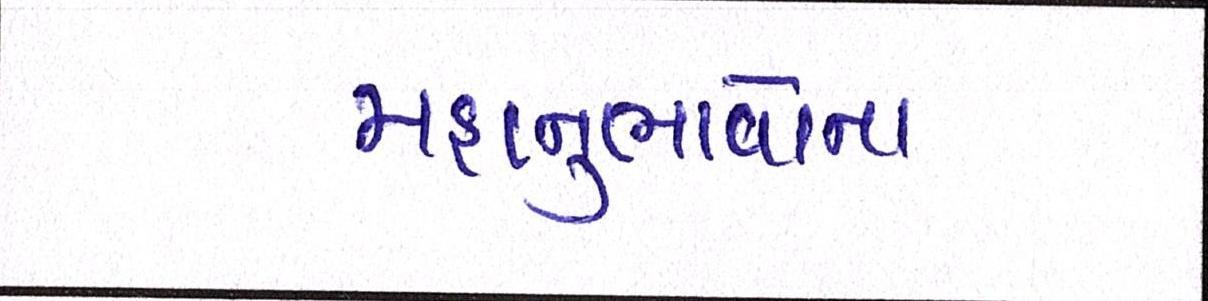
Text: મહાનુભાવોના